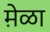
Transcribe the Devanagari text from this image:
मे़ळा